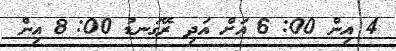
4 އިން 00: 6 އަށް އަދި ރޭގަނޑު 00: 8 އިން